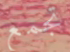
تجمع